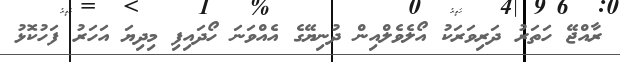
ރާއްޖޭ ހަތަރު ދަރިވަރަކު އޯލެވެލްއިން ދުނިޔޭގެ އެއްވަނަ ހޯދައިފި މިދިޔަ އަހަރު ފަހުކޮޅު